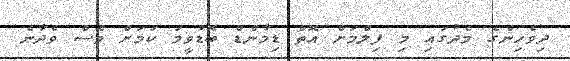
ދިވެހިންގެ މެދުގައި މި ފިލްމަށް އޮތް ޑިމާންޑް ބޮޑުވީމަ ކަމަށް ވެސް ވެދާނެ